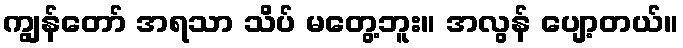
ကျွန်တော် အရသာ သိပ် မတွေ့ဘူး။ အလွန် ပျော့တယ်။